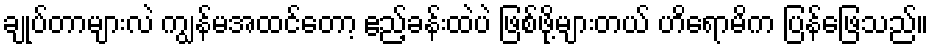
ချုပ်တာများလဲ ကျွန်မအထင်တော့ ဧည့်ခန်းထဲပဲ ဖြစ်ဖို့များတယ် ဟိရောမိက ပြန်ဖြေသည်။